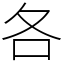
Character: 各